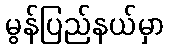
မွန်ပြည်နယ်မှာ